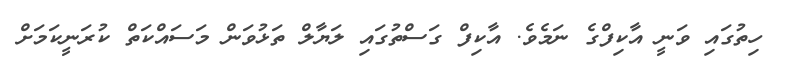
ހިތުގައި ވަނީ އާކިފްގެ ނަމެވެ. އާކިފް ގަސްތުގައި ލަޔާލް ތަޅުވަން މަސައްކަތް ކުރަނީކަމަށް